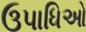
ઉપાધિઓ